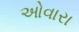
ઓવારા